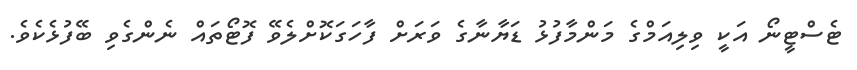
ޓެސްޓީނޯ އަކީ ވިލިއަމްގެ މަންމާފުޅު ޑަޔާނާގެ ވަރަށް ފާހަގަކޮށްލެވޭ ފޮޓޯތައް ނެންގެވި ބޭފުޅެކެވެ.